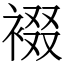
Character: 裰